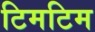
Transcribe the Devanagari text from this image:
टिमटिम